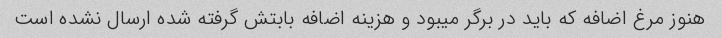
هنوز مرغ اضافه که باید در برگر میبود و هزینه اضافه بابتش گرفته شده ارسال نشده است